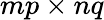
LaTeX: mp\times nq